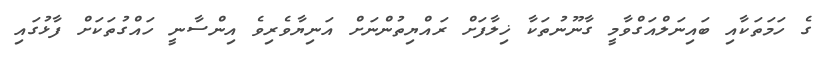
ގެ ހަމަތަކާއި ބައިނަލްއަގްވާމީ ގާނޫނުތަކާ ޚިލާފަށް ރައްޔިތުންނަށް އަނިޔާވެރިވެ އިންސާނީ ހައްގުތަކަށް ފާޅުގައި